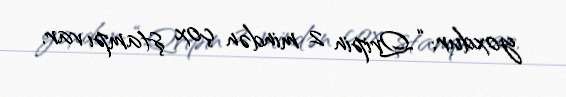
yoxdur: “Qripin 2 mindən çox ştampı var.